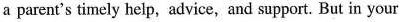
a parent's timely help, advice, and support. But in your